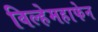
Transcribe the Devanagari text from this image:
विल्हेमहाफेन